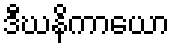
ဒီဃနိကာယော